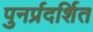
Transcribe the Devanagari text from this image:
पुनर्प्रदर्शित